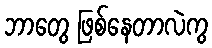
ဘာတွေ ဖြစ်နေတာလဲကွ